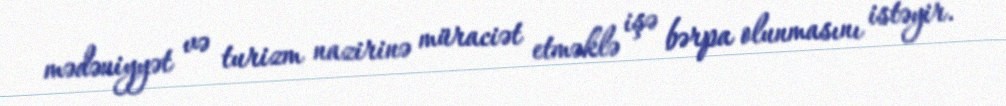
mədəniyyət və turizm nazirinə müraciət etməklə işə bərpa olunmasını istəyir.